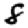
Digit: 8